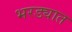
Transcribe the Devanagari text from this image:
भरड्यात